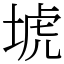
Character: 㙈